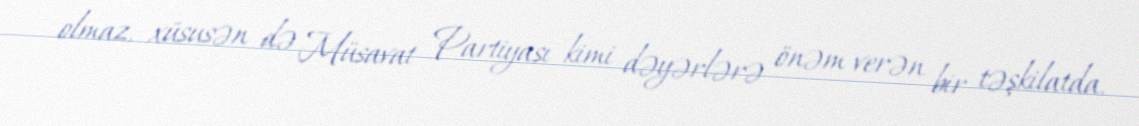
olmaz, xüsusən də Müsavat Partiyası kimi dəyərlərə önəm verən bir təşkilatda.